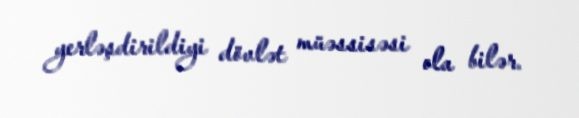
yerləşdirildiyi dövlət müəssisəsi ola bilər.